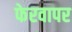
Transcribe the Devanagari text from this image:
फेरवापर